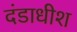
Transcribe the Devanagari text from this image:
दंडाधीश